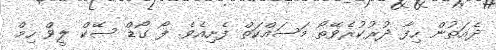
ދެއަތުން ހިފާ ދުރުކުރެވޭތޯ މަސައްކަތް ފެށިއެވެ. ފޯ ގޯޑް ސޭކް ލީވް ހިމް